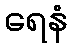
ရေနံ